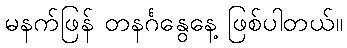
မနက်ဖြန် တနင်္ဂနွေနေ့ ဖြစ်ပါတယ်။